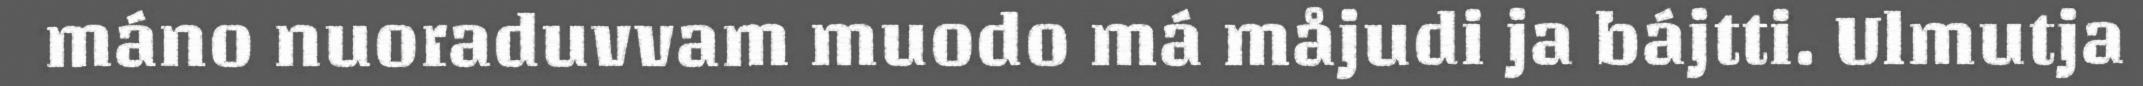
máno nuoraduvvam muodo má måjudi ja bájtti. Ulmutja